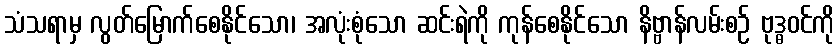
သံသရာမှ လွတ်မြောက်စေနိုင်သော၊ အလုံးစုံသော ဆင်းရဲကို ကုန်စေနိုင်သော နိဗ္ဗာန်လမ်းစဉ် ဗုဒ္ဓဝင်ကို